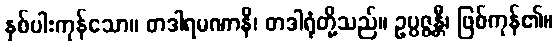
နှစ်ပါးကုန်သော။ တဒါရမဏာနိ၊ တဒါရုံတို့သည်။ ဥပ္ပဇ္ဇန္တီ၊ ဖြစ်ကုန်၏။